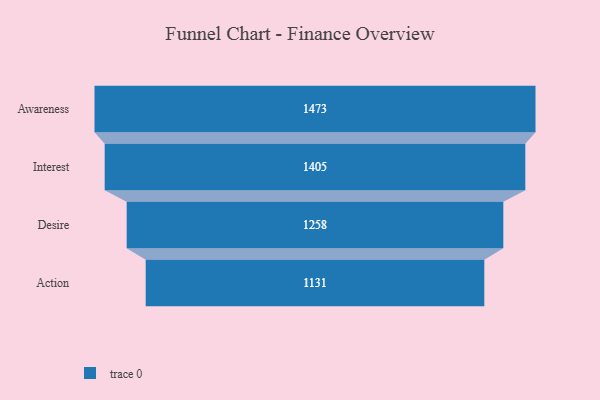
{"axis": {"x": "Stage", "y": "Value"}, "legend": [""], "data": [{"x": "Awareness", "y": 1473.0, "type": ""}, {"x": "Interest", "y": 1405.0, "type": ""}, {"x": "Desire", "y": 1258.0, "type": ""}, {"x": "Action", "y": 1131.0, "type": ""}]}